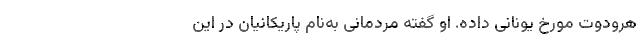
هرودوت مورخ یونانی داده. او گفته مردمانی به‌نام پاریکانیان در این